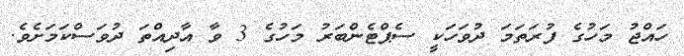
ހައްޖު މަހުގެ ފުރަތަމަ ދުވަހަކީ ސެޕްޓެންބަރު މަހުގެ 3 ވާ އާދިއްތަ ދުވަސްކަމަށެވެ.